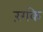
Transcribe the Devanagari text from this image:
रंगके